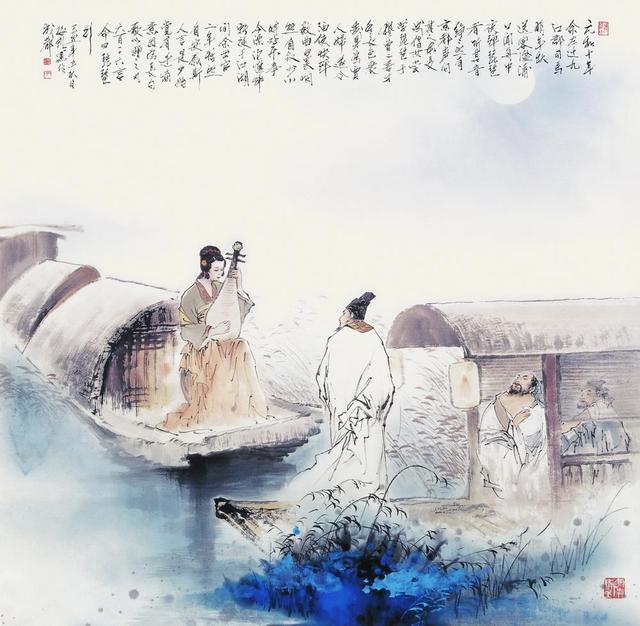
童子解吟长恨曲，胡儿能唱琵琶篇。